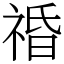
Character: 䄑